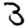
Digit: 3